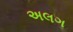
અલગ